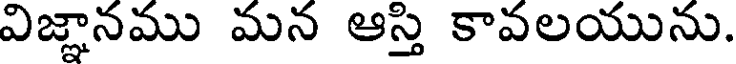
విజ్ఞానము మన ఆస్తి కావలయును.